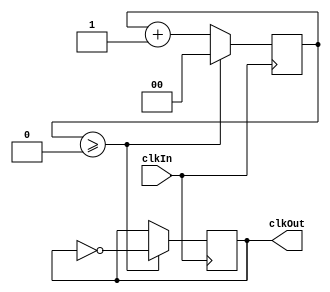
module clkdiv(
		input clkIn,
		output reg clkOut = 1'b0
	);

	parameter DIV = 2;
	localparam RDIV = DIV / 2;

        reg[$clog2(RDIV):1] counter = 0;

        always @ (posedge clkIn) begin
                if (counter >= RDIV-1) begin
                        clkOut <= ~clkOut;
                        counter <= 0;
                end
                else
                        counter <= counter + 1;
        end
endmodule